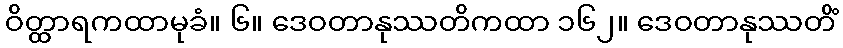
ဝိတ္ထာရကထာမုခံ။ ၆။ ဒေဝတာနုဿတိကထာ ၁၆၂။ ဒေဝတာနုဿတိံ